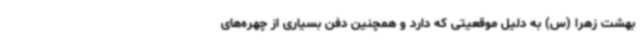
بهشت زهرا (س) به دلیل موقعیتی که دارد و همچنین دفن بسیاری از چهره‌های